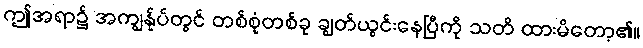
ဤအရာ၌ အကျွန်ုပ်တွင် တစ်စုံတစ်ခု ချွတ်ယွင်းနေပြီကို သတိ ထားမိတော့၏။